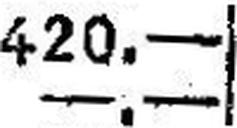
—.—